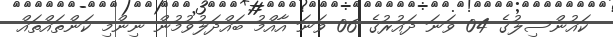
ކައުންސިލުގެ 04 ވަނަ ދައުރުގެ 06 ވަނަ އާއްމު ބައްދަލުވުމުން ނިންމި ކަންތައްތައް